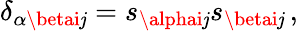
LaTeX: \delta_{\alpha\betai\mathit{j}}=s_{\alphai\mathit{j}}s_{\betai\mathit{j}}\, ,